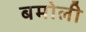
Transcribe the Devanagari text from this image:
बमोली